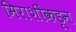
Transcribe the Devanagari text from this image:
मिराशींकडून